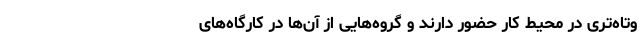
وتاه‌تری در محیط کار حضور دارند و گروه‌هایی از آن‌ها در کارگاه‌های